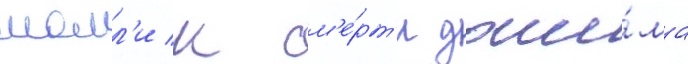
молл'и к см'е́рт'и джи́ма